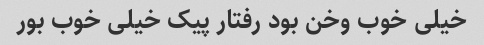
خیلی خوب وخن بود رفتار پیک خیلی خوب بور